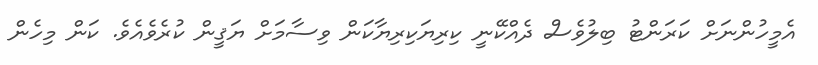
އެމީހުންނަށް ކަރަންޓު ބިލުވެސް ދެއްކޭނީ ކިރިޔަކިރިޔާކަން ވިސާމަށް ޔަޤީން ކުރެވެއެވެ. ކަން މިހެން